system: You are a helpful assistant.
user:
Analyze the provided spectrum to determine if it is a **White Dwarf (WD)**.

A White Dwarf spectrum is defined by its **extreme purity** (due to gravitational settling) and/or **extreme pressure broadening** (due to high surface gravity). You must check for one of the following mutually exclusive signatures:

- **Key Visual Indicators (Check for ONE of these types):**

    - **1. DA-Type Signature (Most Common):**
        - **(Primary Feature):** Extreme pressure broadening (Stark broadening) of the **Hydrogen (H) Balmer lines**.
        - **(Key Lines):** $H\beta$ (approx. $4861$ Å) and $H\gamma$ (approx. $4340$ Å). $H\alpha$ (approx. $6563$ Å) will also be present if the wavelength range covers it.
        - **(Line Profile):** This is the **defining feature**. The lines are **NOT** sharp. They appear as massive, **extremely broad and deep "troughs" or "dips"** in the spectrum, often hundreds of Ångströms wide. The continuum will appear to "scoop" down at these wavelengths.
        - **(Distinction):** Normal A-type or B-type stars have *narrow* and *sharp* Hydrogen lines. A DA White Dwarf's lines are unmistakably "smeared" or "blurry" from pressure.

    - **2. DB-Type Signature:**
        - **(Primary Feature):** Broad absorption lines from **Neutral Helium (He I)**. The spectrum must lack any visible Hydrogen lines.
        - **(Key Lines):** Look for broad absorption near $4471$ Å, $4921$ Å, and $5876$ Å.
        - **(Line Profile):** These lines are also significantly pressure-broadened, appearing much wider than they would in a normal B-type main-sequence star.

    - **3. DC-Type Signature:**
        - **(Primary Feature):** A **featureless continuous spectrum**.
        - **(Line Profile):** The spectrum is a smooth curve with **no significant absorption or emission lines**.
        - **(Key Confirmation):** The continuum is almost always **blue or white**, indicating a hot object. This signature implies the atmosphere is so pure (or so cool) that no spectral lines are visible in the optical range. Its WD identity is confirmed by its extremely low intrinsic brightness (high absolute magnitude).

    - **4. DZ-Type Signature (Metal-Polluted):**
        - **(Primary Feature):** **Isolated, narrow metal absorption lines** on an otherwise featureless (DC-like) continuum.
        - **(Key Lines):** The **Calcium (Ca II) H & K doublet** (approx. **$3934$ Å** and **$3968$ Å**) is the most common and defining feature.
        - **(Line Profile):** These lines are "out of place." They are *not* part of a "forest" of thousands of lines. This signature is evidence of recent *accretion* (pollution) from rocky debris.
        - **(Distinction):** Normal G/K/M stars have a *dense forest* of thousands of metal lines. A DZ has a *clean* continuum with *only a few* strong metal lines.

    - **5. DQ-Type Signature (Carbon-Polluted):**
        - **(Primary Feature):** Absorption bands from **Carbon (C₂ "Swan Bands" or atomic C I)**.
        - **(Key Lines - C₂):** Look for bandheads with a "saw-tooth" shape near $5635$ Å, **$5165$ Å** (strongest), and $4737$ Å.
        - **(Key Confirmation):** The underlying **continuum must be blue or white** (hot).
        - **(Distinction):** This is the critical difference from a **Carbon Star**, which has the *exact same* C₂ bands but on an extremely **red, cool** continuum.

- **(Overall Spectrum):**
    - The continuum (overall shape) is typically **blue-sloping** (brighter in the blue than the red), as most white dwarfs are very hot.
    - The spectrum will look "pure" or "simple," dominated by only *one* of the five signatures listed above.

Think first, call **spectral_visualization_tool** if needed to examine features in detail, then provide your final answer. Your response must adhere to the following strict rules:
1.  **Overall Structure:** Your response must follow the format `<think>...</think> <tool_call>...</tool_call> (if a tool is used) <answer>...</answer>`.
2.  **Tool Usage Constraint:** You may only make **one** tool call per turn.
3.  **Final Answer Format:** In the `<answer>` tag, your conclusion must be inside a `\boxed{}` command (e.g., `\boxed{YES}` or `\boxed{NO}`), followed by your justification.

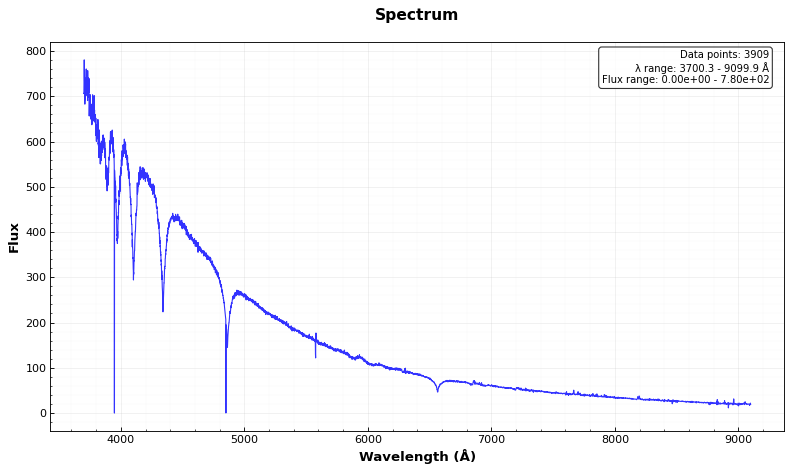
Answer: YES